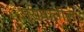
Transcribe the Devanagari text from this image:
स्रावातील